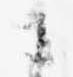
さ